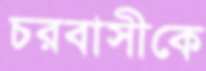
চরবাসীকে